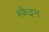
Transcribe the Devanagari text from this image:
स्कैइन